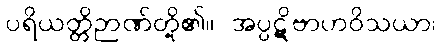
ပရိယတ္တိဉာဏ်တို့၏။ အပ္ပဋိဗာဟဝိသယာ၊